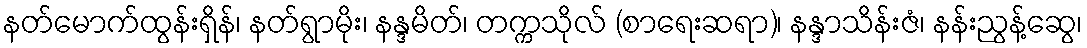
နတ်မောက်ထွန်းရှိန်၊ နတ်ရွာမိုး၊ နန္ဒမိတ်၊ တက္ကသိုလ် (စာရေးဆရာ)၊ နန္ဒာသိန်းဇံ၊ နန်းညွန့်ဆွေ၊